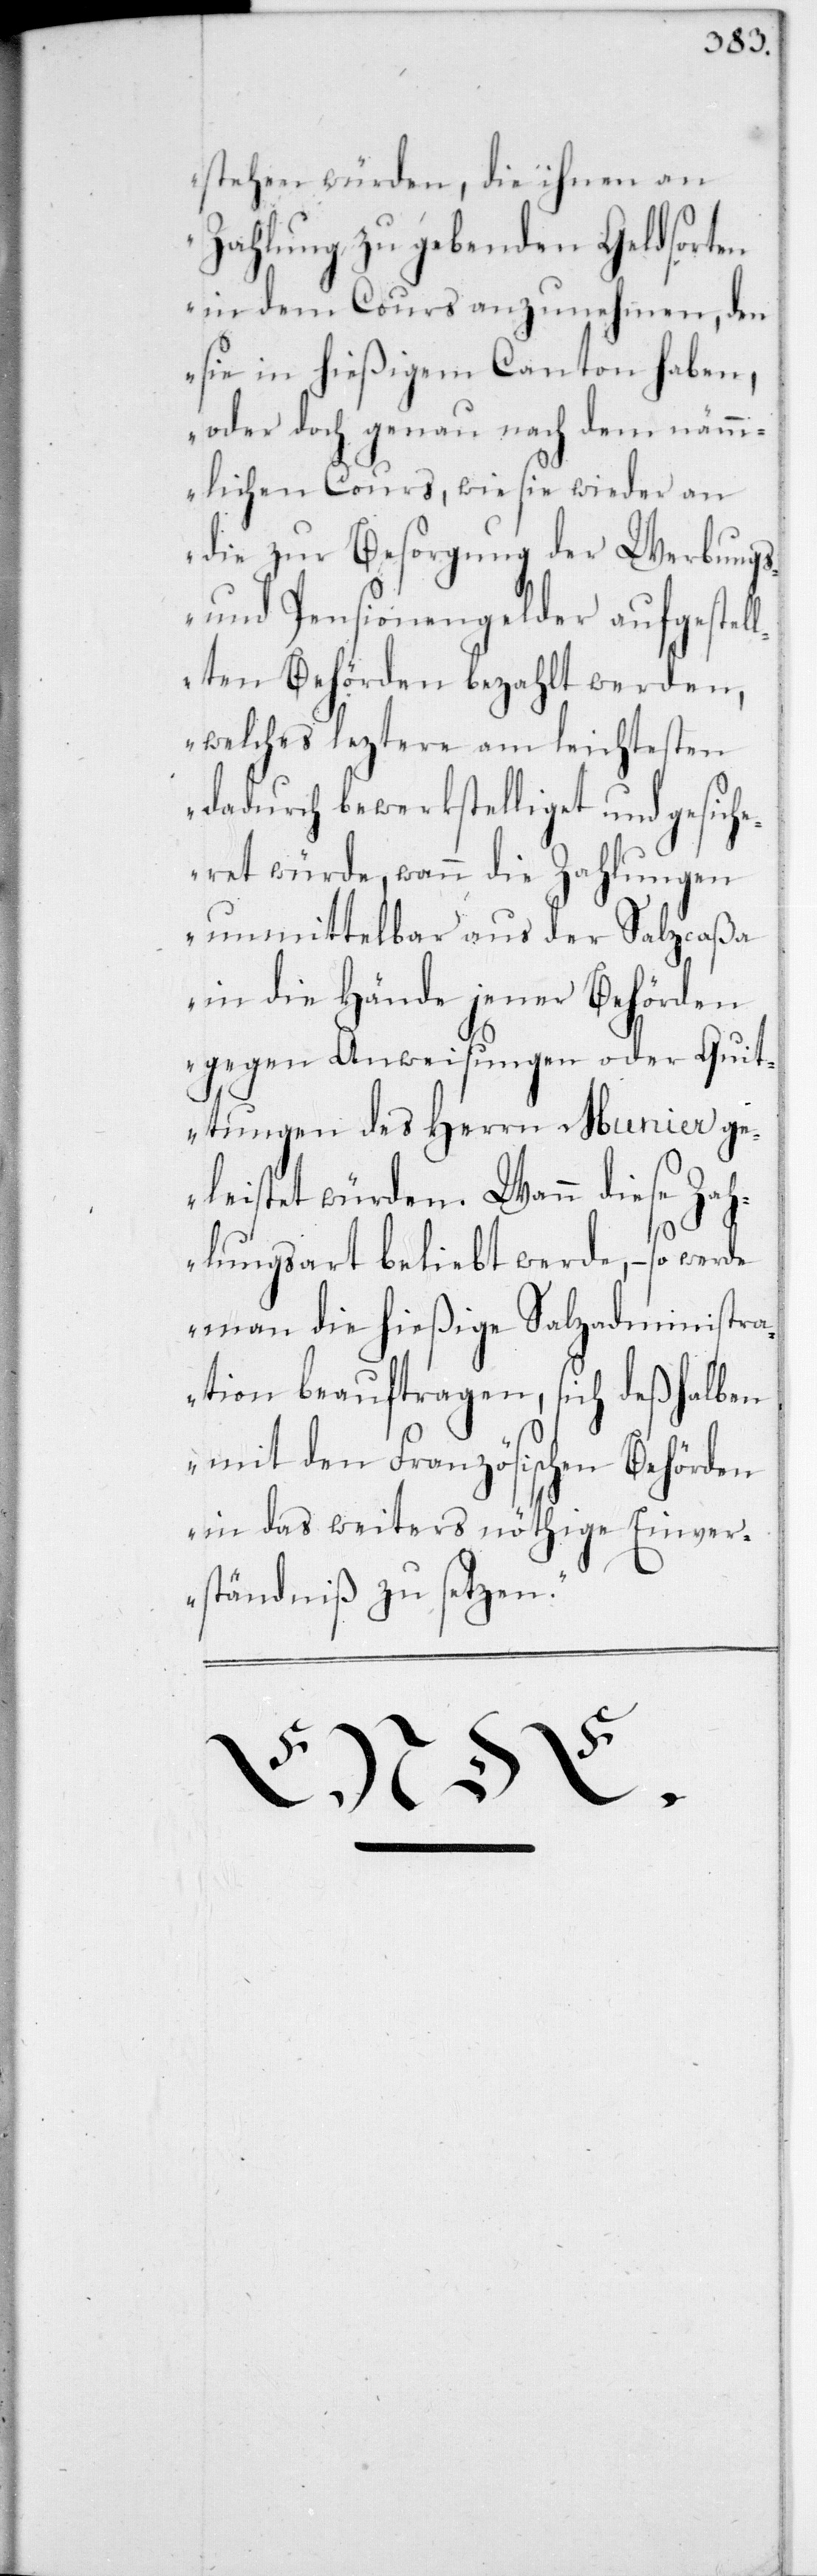
stehen würden, die ihnen an
Zahlung zu gebenden Geldsorten
in dem Cours anzunehmen, den
sie in hießigem Canton haben,
oder doch genau nach dem näm¬
mlichen Cours, wie sie wieder an
die zur Besorgung der Werbungs-
und Pensionengelder aufgestel¬
lten Behörden bezahlt werden,
welches leztere am leichtesten
dadurch bewerkstelliget und gesich¬
eret würde, wann die Zahlungen
unmittelbar aus der Salzcaßa
in die Hände jener Behörden
gegen Anweisungen oder Quit¬
tungen des Herrn Munier ge¬
leistet würden. Wann diese Zah¬
lungsart beliebt werde, – so
man die hießige Salzadministra¬
tion beauftragen, sich deßhalben
mit den Französischen Behörden
in das weiters nöthige Einver¬
ständniß zu setzen“.